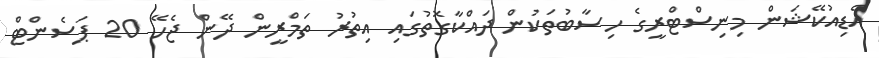
އެޑިއުކޭޝަން މިނިސްޓްރީގެ ހިސާބުތަކުން ދައްކާގޮތުގައި އިތުރު ތަމްރީން ދޭން ޖެހޭ 20 ޕަސެންޓް